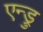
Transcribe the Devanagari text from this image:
एन्ड्रु